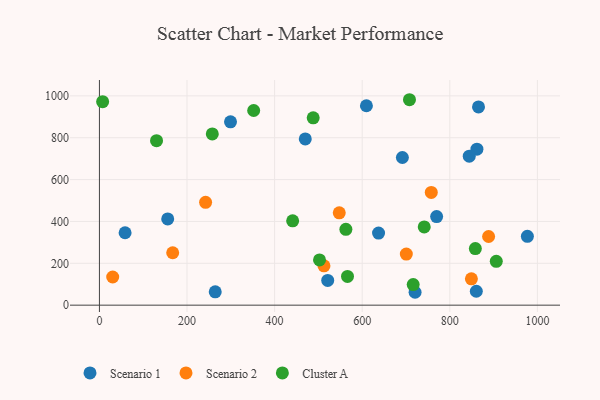
{"axis": {"x": "Ad Spend", "y": "Rating"}, "legend": ["Cluster A", "Scenario 1", "Scenario 2"], "data": [{"x": "769.9", "y": 423.4, "type": "Scenario 1"}, {"x": "860.5", "y": 66.6, "type": "Scenario 1"}, {"x": "637.3", "y": 344.5, "type": "Scenario 1"}, {"x": "865.5", "y": 947.4, "type": "Scenario 1"}, {"x": "720.7", "y": 61.6, "type": "Scenario 1"}, {"x": "58.6", "y": 346.0, "type": "Scenario 1"}, {"x": "691.7", "y": 705.5, "type": "Scenario 1"}, {"x": "264.4", "y": 63.7, "type": "Scenario 1"}, {"x": "861.9", "y": 745.2, "type": "Scenario 1"}, {"x": "521.2", "y": 118.1, "type": "Scenario 1"}, {"x": "470.0", "y": 794.5, "type": "Scenario 1"}, {"x": "977.1", "y": 328.9, "type": "Scenario 1"}, {"x": "844.4", "y": 711.7, "type": "Scenario 1"}, {"x": "155.9", "y": 412.1, "type": "Scenario 1"}, {"x": "299.3", "y": 876.0, "type": "Scenario 1"}, {"x": "609.6", "y": 952.8, "type": "Scenario 1"}, {"x": "757.7", "y": 538.9, "type": "Scenario 2"}, {"x": "242.4", "y": 491.5, "type": "Scenario 2"}, {"x": "30.3", "y": 134.5, "type": "Scenario 2"}, {"x": "888.6", "y": 328.1, "type": "Scenario 2"}, {"x": "849.3", "y": 125.8, "type": "Scenario 2"}, {"x": "700.7", "y": 244.0, "type": "Scenario 2"}, {"x": "167.3", "y": 250.4, "type": "Scenario 2"}, {"x": "512.7", "y": 188.0, "type": "Scenario 2"}, {"x": "547.6", "y": 441.0, "type": "Scenario 2"}, {"x": "858.3", "y": 270.3, "type": "Cluster A"}, {"x": "566.4", "y": 137.3, "type": "Cluster A"}, {"x": "441.2", "y": 403.1, "type": "Cluster A"}, {"x": "257.7", "y": 818.4, "type": "Cluster A"}, {"x": "707.9", "y": 981.6, "type": "Cluster A"}, {"x": "130.4", "y": 786.1, "type": "Cluster A"}, {"x": "488.1", "y": 895.2, "type": "Cluster A"}, {"x": "502.5", "y": 216.4, "type": "Cluster A"}, {"x": "352.2", "y": 930.0, "type": "Cluster A"}, {"x": "741.6", "y": 374.0, "type": "Cluster A"}, {"x": "7.3", "y": 972.2, "type": "Cluster A"}, {"x": "716.4", "y": 98.3, "type": "Cluster A"}, {"x": "562.7", "y": 362.3, "type": "Cluster A"}, {"x": "906.1", "y": 209.7, "type": "Cluster A"}]}